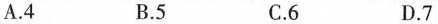
A.4 B.5 C.6 D.7